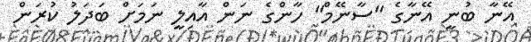
އޭނާ ބުނީ އޭނާގެ "ސާނޭމް" ހާންގެ ނަން އާއިލީ ނަމަށް ބަދަލު ކުރަން